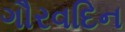
ગૌરવદિન